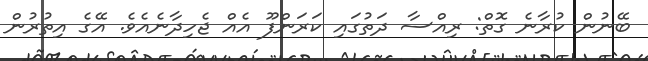
ބޭނުން ކުރާނެ ގޮތް: ރިއްސާ ދަތުގައި ކަރަންފޫ އެއް ޖެހިދާނެއެވެ. އޭގެ އިތުރުން